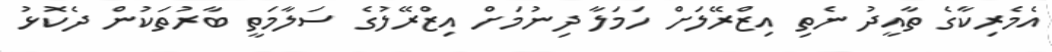
އެމެރިކާގެ ތާއީދު ނެތި އިޒްރޭލަށް ހަމަލާ ދިނުމަށް އިޒްރޭލުގެ ސަލާމަތީ ބާރުތަކުން ދެކޮޅު